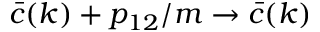
\bar { c } ( k ) + p _ { 1 2 } / m \rightarrow \bar { c } ( k )